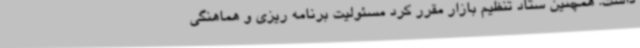
داشت. همچنین ستاد تنظیم بازار مقرر کرد مسئولیت برنامه ریزی و هماهنگی